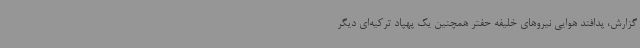
گزارش، پدافند هوایی نیروهای خلیفه حفتر همچنین یک پهپاد ترکیه‌ای دیگر